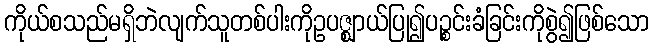
ကိုယ်စသည်မရှိဘဲလျက်သူတစ်ပါးကိုဥပဇ္ဈာယ်ပြု၍ပဉ္စင်းခံခြင်းကိုစွဲ၍ဖြစ်သော